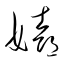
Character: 嬉